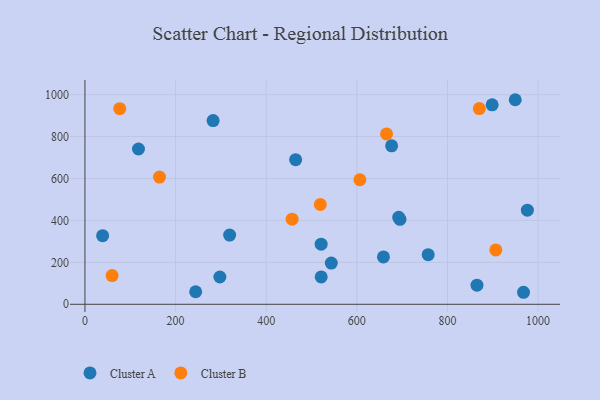
{"axis": {"x": "Study Hours", "y": "Sales"}, "legend": ["Cluster A", "Cluster B"], "data": [{"x": "521.3", "y": 130.7, "type": "Cluster A"}, {"x": "464.9", "y": 689.9, "type": "Cluster A"}, {"x": "244.3", "y": 59.9, "type": "Cluster A"}, {"x": "521.2", "y": 286.6, "type": "Cluster A"}, {"x": "949.5", "y": 975.7, "type": "Cluster A"}, {"x": "297.7", "y": 130.2, "type": "Cluster A"}, {"x": "695.1", "y": 405.1, "type": "Cluster A"}, {"x": "543.6", "y": 196.4, "type": "Cluster A"}, {"x": "757.4", "y": 236.7, "type": "Cluster A"}, {"x": "319.3", "y": 329.9, "type": "Cluster A"}, {"x": "658.7", "y": 225.8, "type": "Cluster A"}, {"x": "118.1", "y": 740.7, "type": "Cluster A"}, {"x": "676.7", "y": 756.0, "type": "Cluster A"}, {"x": "39.0", "y": 327.5, "type": "Cluster A"}, {"x": "282.8", "y": 876.1, "type": "Cluster A"}, {"x": "898.6", "y": 951.4, "type": "Cluster A"}, {"x": "976.3", "y": 448.8, "type": "Cluster A"}, {"x": "865.1", "y": 91.1, "type": "Cluster A"}, {"x": "692.4", "y": 414.8, "type": "Cluster A"}, {"x": "967.8", "y": 57.3, "type": "Cluster A"}, {"x": "457.2", "y": 406.2, "type": "Cluster B"}, {"x": "164.5", "y": 606.6, "type": "Cluster B"}, {"x": "606.7", "y": 594.1, "type": "Cluster B"}, {"x": "870.3", "y": 933.7, "type": "Cluster B"}, {"x": "665.6", "y": 812.5, "type": "Cluster B"}, {"x": "906.7", "y": 259.4, "type": "Cluster B"}, {"x": "519.4", "y": 475.9, "type": "Cluster B"}, {"x": "76.8", "y": 932.9, "type": "Cluster B"}, {"x": "59.9", "y": 137.1, "type": "Cluster B"}]}